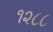
૧૨૮૮